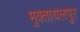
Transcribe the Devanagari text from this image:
मुक्तायलपुर